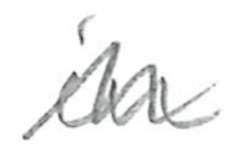
Text: in
Cross-out: zig-zag
Writing tool: pencil